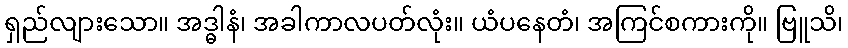
ရှည်လျားသော။ အဒ္ဓါနံ၊ အခါကာလပတ်လုံး။ ယံပနေတံ၊ အကြင်စကားကို။ ဗြူသိ၊